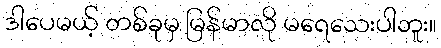
ဒါပေမယ့် တစ်ခုမှ မြန်မာလို မရေသေးပါဘူး။